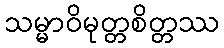
သမ္မာဝိမုတ္တစိတ္တဿ